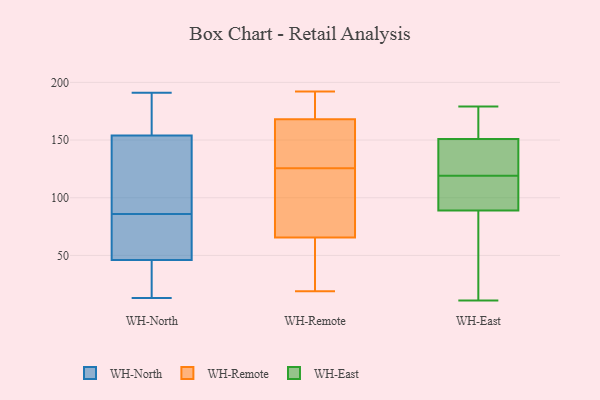
{"axis": {"x": "Latency (ms)", "y": "Value"}, "legend": ["WH-East", "WH-North", "WH-Remote"], "data": [{"x": "", "y": 53, "type": "WH-North"}, {"x": "", "y": 191, "type": "WH-North"}, {"x": "", "y": 147, "type": "WH-North"}, {"x": "", "y": 27, "type": "WH-North"}, {"x": "", "y": 59, "type": "WH-North"}, {"x": "", "y": 154, "type": "WH-North"}, {"x": "", "y": 25, "type": "WH-North"}, {"x": "", "y": 186, "type": "WH-North"}, {"x": "", "y": 97, "type": "WH-North"}, {"x": "", "y": 46, "type": "WH-North"}, {"x": "", "y": 75, "type": "WH-North"}, {"x": "", "y": 176, "type": "WH-North"}, {"x": "", "y": 29, "type": "WH-North"}, {"x": "", "y": 131, "type": "WH-North"}, {"x": "", "y": 156, "type": "WH-North"}, {"x": "", "y": 13, "type": "WH-North"}, {"x": "", "y": 101, "type": "WH-North"}, {"x": "", "y": 51, "type": "WH-North"}, {"x": "", "y": 125, "type": "WH-Remote"}, {"x": "", "y": 126, "type": "WH-Remote"}, {"x": "", "y": 165, "type": "WH-Remote"}, {"x": "", "y": 83, "type": "WH-Remote"}, {"x": "", "y": 191, "type": "WH-Remote"}, {"x": "", "y": 19, "type": "WH-Remote"}, {"x": "", "y": 177, "type": "WH-Remote"}, {"x": "", "y": 137, "type": "WH-Remote"}, {"x": "", "y": 34, "type": "WH-Remote"}, {"x": "", "y": 98, "type": "WH-Remote"}, {"x": "", "y": 53, "type": "WH-Remote"}, {"x": "", "y": 171, "type": "WH-Remote"}, {"x": "", "y": 192, "type": "WH-Remote"}, {"x": "", "y": 70, "type": "WH-Remote"}, {"x": "", "y": 61, "type": "WH-Remote"}, {"x": "", "y": 158, "type": "WH-Remote"}, {"x": "", "y": 192, "type": "WH-Remote"}, {"x": "", "y": 115, "type": "WH-Remote"}, {"x": "", "y": 139, "type": "WH-Remote"}, {"x": "", "y": 19, "type": "WH-Remote"}, {"x": "", "y": 124, "type": "WH-East"}, {"x": "", "y": 75, "type": "WH-East"}, {"x": "", "y": 131, "type": "WH-East"}, {"x": "", "y": 11, "type": "WH-East"}, {"x": "", "y": 90, "type": "WH-East"}, {"x": "", "y": 151, "type": "WH-East"}, {"x": "", "y": 89, "type": "WH-East"}, {"x": "", "y": 114, "type": "WH-East"}, {"x": "", "y": 171, "type": "WH-East"}, {"x": "", "y": 106, "type": "WH-East"}, {"x": "", "y": 65, "type": "WH-East"}, {"x": "", "y": 162, "type": "WH-East"}, {"x": "", "y": 145, "type": "WH-East"}, {"x": "", "y": 179, "type": "WH-East"}]}